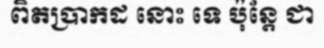
ពិតប្រាកដ នោះ ទេ ប៉ុន្តែ ជា